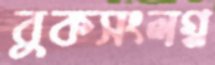
বুকসংলগ্ন